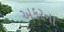
અકરના